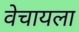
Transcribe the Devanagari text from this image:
वेचायला